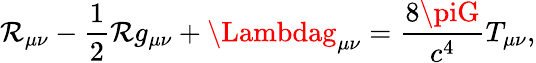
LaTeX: \mathcal{R}_{\mu\nu}-{\frac{{1}}{{2}}}\mathcal{R}g_{\mu\nu}+\Lambdag_{\mu\nu}={\frac{{8\piG}}{{c^{4}}}}T_{\mu\nu},